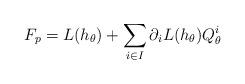
LaTeX: \begin{align*}F_p=L(h_\theta)+\sum_{i\in I}\partial_iL(h_\theta)Q_\theta^i\end{align*}